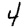
Digit: 4